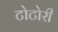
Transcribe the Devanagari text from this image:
टोटोरी